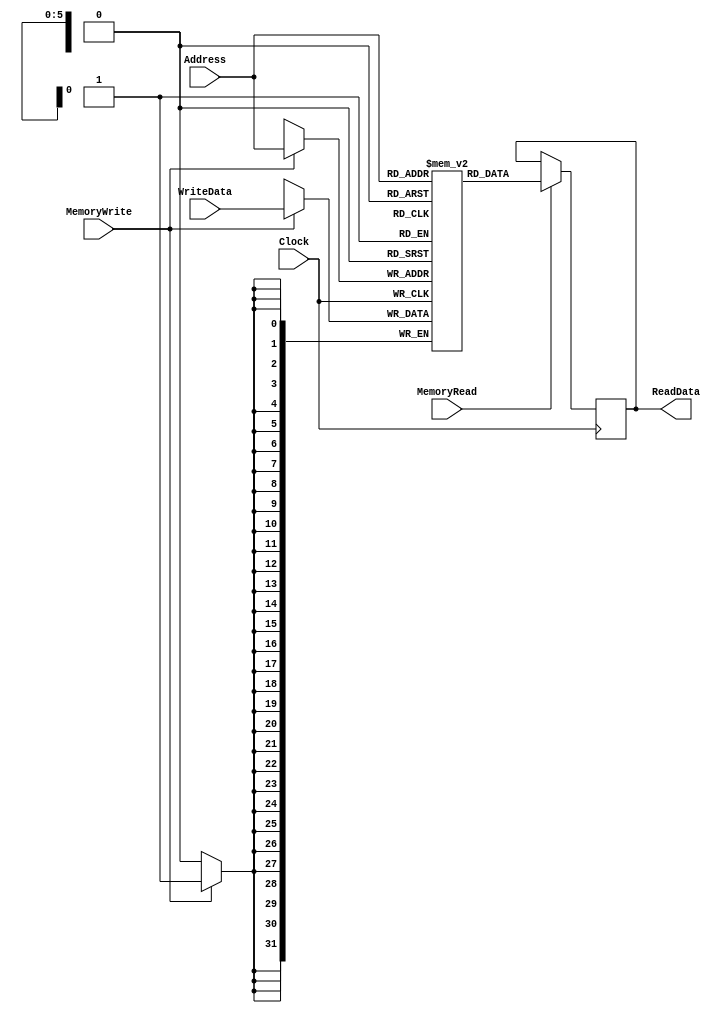
`timescale 1ns / 1ps
//////////////////////////////////////////////////////////////////////////////////
// Company: 
// Engineer: 
// 
// Design Name: 
// Module Name: ram
// Project Name: 
// Target Devices: 
// Tool Versions: 
// Description: 
// 
// Dependencies: 
// 
// Revision:
// Revision 0.01 - File Created
// Additional Comments:
// 
//////////////////////////////////////////////////////////////////////////////////

module DataMemory (input Clock, //input clock
				input MemoryRead,  //Read enable pin
				input MemoryWrite, //Write enable pin
				input [5:0]Address, // 6 bit address to access 64 bit registers
				output reg [31:0]ReadData, //read out bus
				input [31:0]WriteData ); //input write data
				
		reg [31:0]datamem[63:0]; // RAM defined
		//reg [31:0]temp;
		
	always @(posedge Clock) begin //defined for memory read operation 
        
             if (MemoryRead == 1)  // chackes if the enable pin is on
                     ReadData <= datamem[Address];
        end
      
     always @(negedge Clock) //defined for memory write operation
         begin
              if(MemoryWrite == 1) //checks if the enable pin is on
                      datamem[Address] <= WriteData;
         end
        		

		 // assign ReadData = temp;
		

endmodule